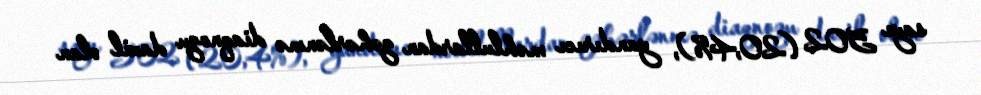
sayı 502 (20,4%), yandırıcı məhlullardan zəhərlənmə diaqnozu daxil olan